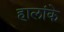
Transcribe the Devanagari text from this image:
हालांके